画像に写った文字を読んでください
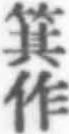
「箕作」と書いてあります